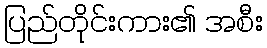
ပြည်တိုင်းကား၏ အစီး